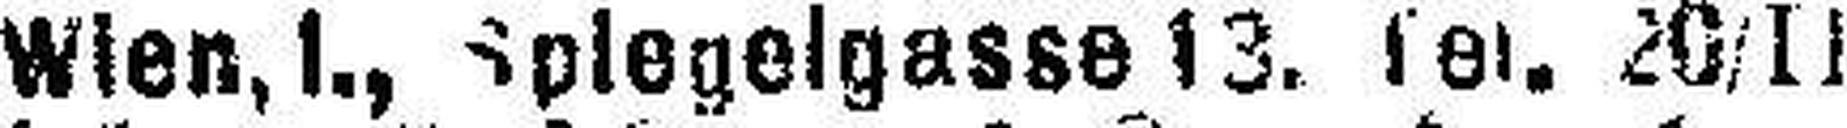
Wien. I., Spiegelgasse 13. ###. 20/II